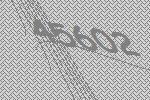
45602